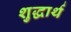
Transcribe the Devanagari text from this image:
शुद्धार्थ